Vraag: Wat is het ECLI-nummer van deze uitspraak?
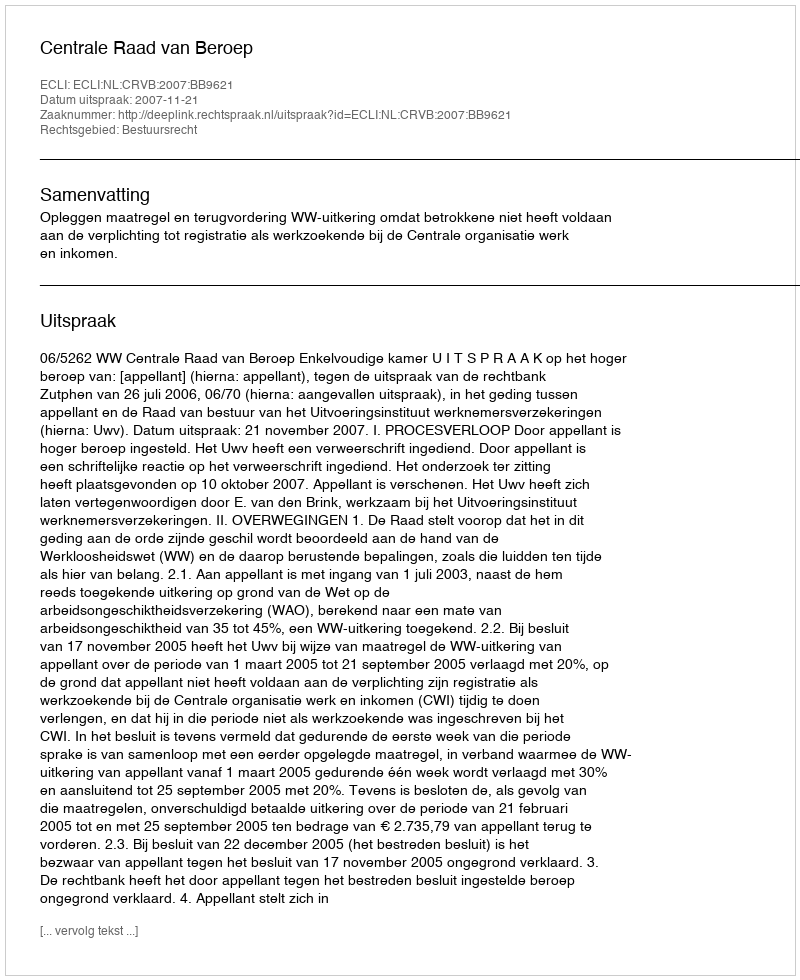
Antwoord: ECLI:NL:CRVB:2007:BB9621